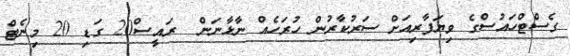
ގެސްޓްހައުސްގެ ވިޔަފާރިއަށް ސަރުކާރުން ހުރަހެއް ނާޅާނަން  ރައީސް20 ގަޑި 20 މިނެޓް